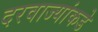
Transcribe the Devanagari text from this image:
दरवाज्यांकडे